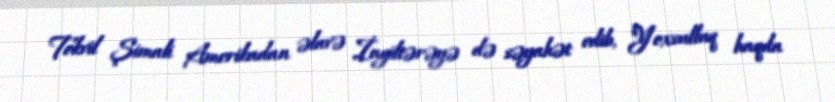
Tokvil Şimali Amerikadan əlavə İngiltərəyə də səyahət edib, "Yoxsulluq haqda